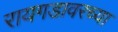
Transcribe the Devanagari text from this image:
रायगडावरच्या